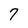
Character: 7